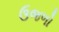
ઉજળો